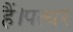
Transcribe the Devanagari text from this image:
हैं।पत्थर